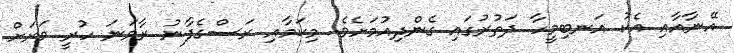
އޭނާއާއި އެކު އަނބިމީހާ ދަތުރުގައި ގެންދިއުމަށެވެ. މިކަމާއި ރަސްގެފާނު ރާވަނަ ހުރީ ވަރަށް